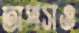
তাপসও